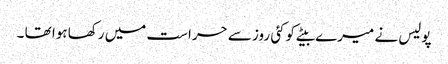
پولیس نے میرے بیٹے کوکئی روز سے حراست میں رکھا ہوا تھا ۔